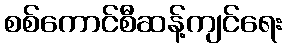
စစ်ကောင်စီဆန့်ကျင်ရေး